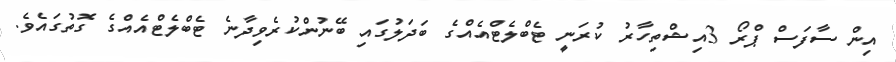
އިން ސާފަސް ޕްރޯ 3އިޝްތިހާރު ކުރަނީ ޓެބްލެޓްއެއްގެ ބަދަލުގައި ބޭނުންކުރެވިދާނެ ޓެބްލެޓްއެއްގެ ގޮތުގައެވެ.